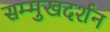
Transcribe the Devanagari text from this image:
सम्मुखदर्शन